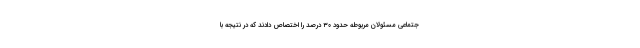
جتماعی مسئولان مربوطه حدود ۳۰ درصد را اختصاص دادند که در نتیجه با